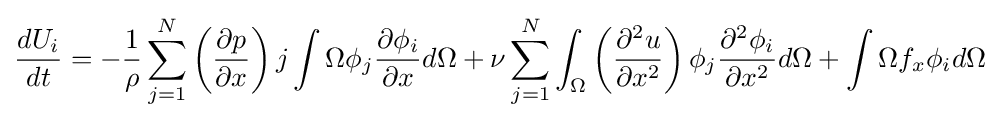
{\frac {dU_{i}}{dt}}=-{\frac {1}{\rho }}\sum _{j=1}^{N}\left({\frac {\partial p}{\partial x}}\right)j\int {\Omega }\phi _{j}{\frac {\partial \phi _{i}}{\partial x}}d\Omega +\nu \sum _{j=1}^{N}\int _{\Omega }\left({\frac {\partial ^{2}u}{\partial x^{2}}}\right)\phi _{j}{\frac {\partial ^{2}\phi _{i}}{\partial x^{2}}}d\Omega +\int {\Omega }f_{x}\phi _{i}d\Omega